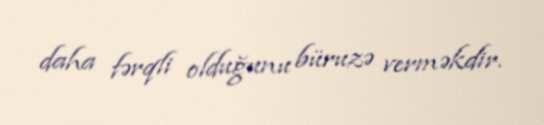
daha fərqli olduğunu büruzə verməkdir.